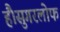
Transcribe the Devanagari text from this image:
हैं।सुगरलोफ